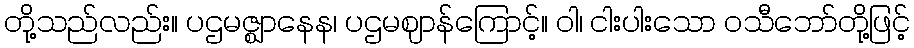
တို့သည်လည်း။ ပဌမဇ္ဈာနေန၊ ပဌမဈာန်ကြောင့်။ ဝါ၊ ငါးပါးသော ဝသီဘော်တို့ဖြင့်